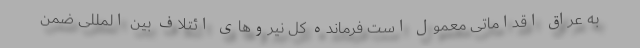
به عراق اقداماتی معمول است فرمانده کل نیروهای ائتلاف بین المللی ضمن